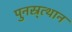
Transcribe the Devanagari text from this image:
पुनस्र्त्थान